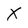
Character: X